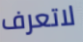
لاتعرف